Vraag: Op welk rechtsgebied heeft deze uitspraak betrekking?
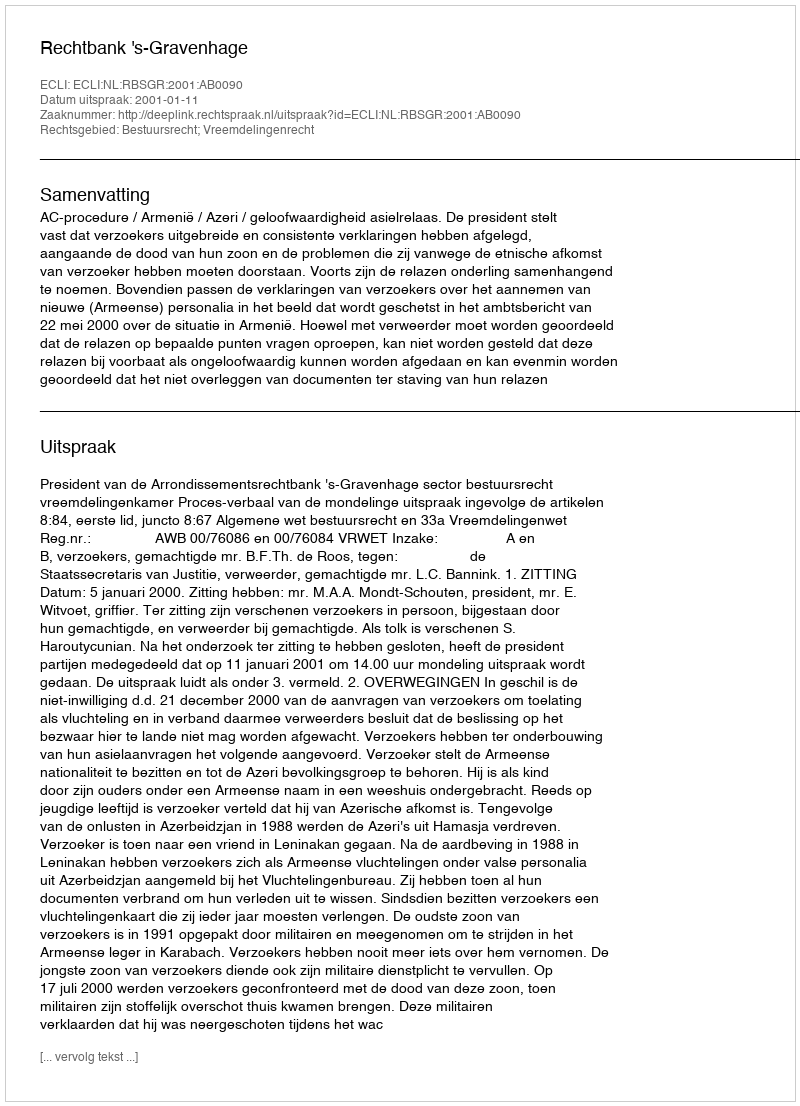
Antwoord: Bestuursrecht; Vreemdelingenrecht